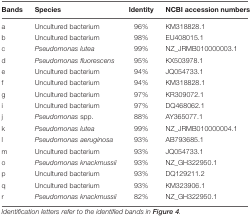
<table><thead><tr><td><b>Bands</b></td><td><b>Species</b></td><td><b>Identity</b></td><td><b>NCBI accession numbers</b></td></tr></thead><tbody><tr><td>a</td><td>Uncultured bacterium</td><td>96%</td><td>KM318828.1</td></tr><tr><td>b</td><td>Uncultured bacterium</td><td>98%</td><td>EU408015.1</td></tr><tr><td>c</td><td><i>Pseudomonas lutea</i></td><td>99%</td><td>NZ_JRMB010000003.1</td></tr><tr><td>d</td><td><i>Pseudomonas fluorescens</i></td><td>95%</td><td>KX503978.1</td></tr><tr><td>e</td><td>Uncultured bacterium</td><td>94%</td><td>JQ054733.1</td></tr><tr><td>f</td><td>Uncultured bacterium</td><td>94%</td><td>KM318828.1</td></tr><tr><td>g</td><td>Uncultured bacterium</td><td>97%</td><td>KR309072.1</td></tr><tr><td>i</td><td>Uncultured bacterium</td><td>97%</td><td>DQ468062.1</td></tr><tr><td>j</td><td><i>Pseudomonas</i> spp.</td><td>88%</td><td>AY365077.1</td></tr><tr><td>k</td><td><i>Pseudomonas lutea</i></td><td>99%</td><td>NZ_JRMB010000004.1</td></tr><tr><td>l</td><td><i>Pseudomonas aeruginosa</i></td><td>93%</td><td>AB793685.1</td></tr><tr><td>m</td><td>Uncultured bacterium</td><td>93%</td><td>JQ054733.1</td></tr><tr><td>o</td><td><i>Pseudomonas knackmussii</i></td><td>93%</td><td>NZ_GH322950.1</td></tr><tr><td>p</td><td>Uncultured bacterium</td><td>93%</td><td>DQ129211.2</td></tr><tr><td>q</td><td>Uncultured bacterium</td><td>93%</td><td>KM323906.1</td></tr><tr><td>r</td><td><i>Pseudomonas knackmussii</i></td><td>82%</td><td>NZ_GH322950.1</td></tr></tbody></table>